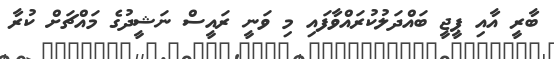
ބާރީ އާއި ޕީޖީ ބައްދަލުކުރައްވާފައި މި ވަނީ ރައީސް ނަޝީދުގެ މައްޗަށް ކުރާ